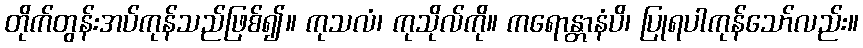
တိုက်တွန်းအပ်ကုန်သည်ဖြစ်၍။ ကုသလံ၊ ကုသိုလ်ကို။ ကရောန္တာနံပိ၊ ပြုရပါကုန်သော်လည်း။